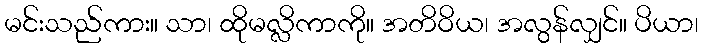
မင်းသည်ကား။ သာ၊ ထိုမလ္လိကာကို။ အတိဝိယ၊ အလွန်လျှင်။ ပိယာ၊